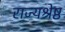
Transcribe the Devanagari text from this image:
राज्यश्रेष्ठ